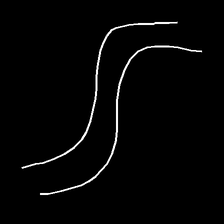
Glyph: float